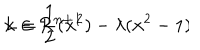
L = \frac { 1 } { 2 } ( \dot { \bf x } ^ { 2 } ) - \lambda ( { \bf x } ^ { 2 } - 1 ) \hspace { 1 . 0 c m } \bf x \in { \cal R } ^ { n + 1 }